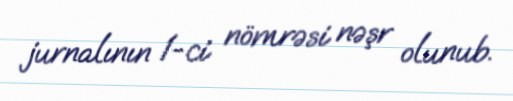
jurnalının 1-ci nömrəsi nəşr olunub.